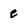
Character: e